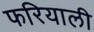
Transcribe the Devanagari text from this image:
फरियाली